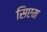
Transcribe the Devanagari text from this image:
सिएम